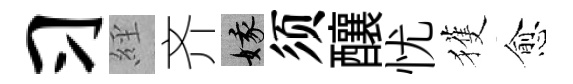
习𦀇齐娥须釀忧獲愈